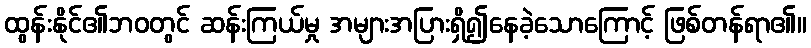
ထွန်းနိုင်၏ဘဝတွင် ဆန်းကြယ်မှု အများအပြားရှိ၍နေခဲ့သောကြောင့် ဖြစ်တန်ရာ၏။